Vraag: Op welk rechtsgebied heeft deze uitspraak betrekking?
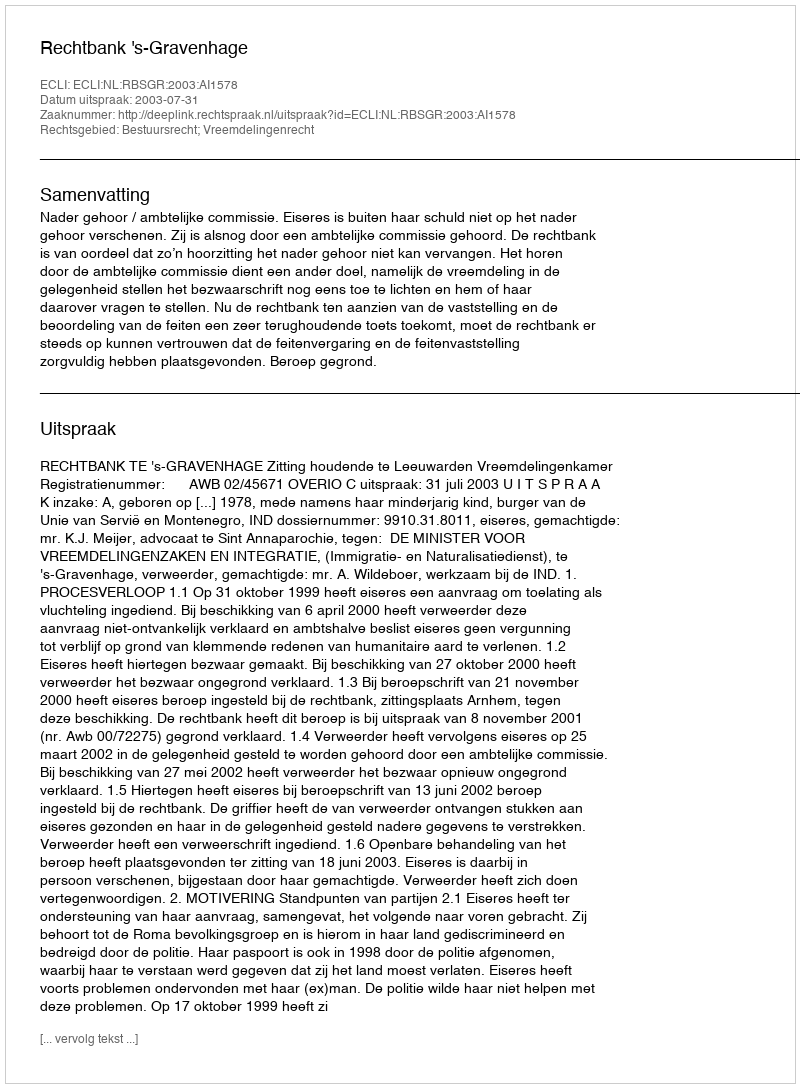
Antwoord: Bestuursrecht; Vreemdelingenrecht